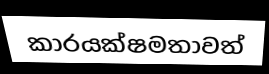
කාරයක්ෂමතාවත්